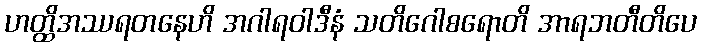
ဟတ္ထိအဿရတနေဟိ အဂါရဝါဒီနံ သတိဂေါစရောတိ အာရဘတီတိပေ